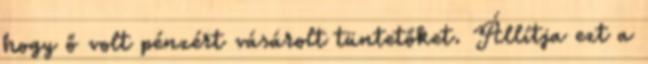
hogy ő volt pénzért vásárolt tüntetőket. Állítja ezt a